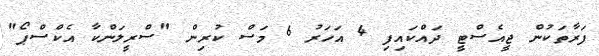
ފަރާތަކުން ޖީއެސްޓީ ދައްކައިފި 4 އަހަރު 6 މަސް ކުރިން "ސްރީލަންކާ އެކްސްޕޯ"